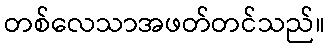
တစ်လေသာအဖတ်တင်သည်။